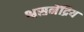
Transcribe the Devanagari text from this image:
श्वसनेंद्रिय